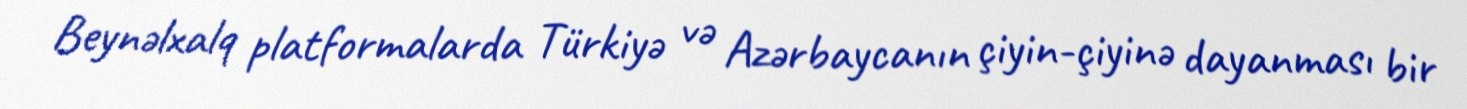
Beynəlxalq platformalarda Türkiyə və Azərbaycanın çiyin-çiyinə dayanması bir